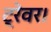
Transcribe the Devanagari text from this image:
ट्रेवर।